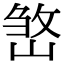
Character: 𡺧